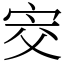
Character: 㝔